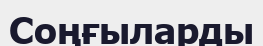
Соңғыларды